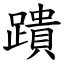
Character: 蹪